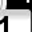
Digit: 1